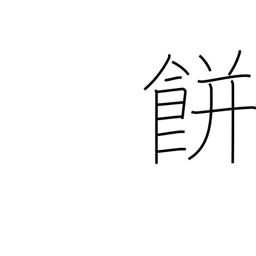
Meaning: mochi rice cake